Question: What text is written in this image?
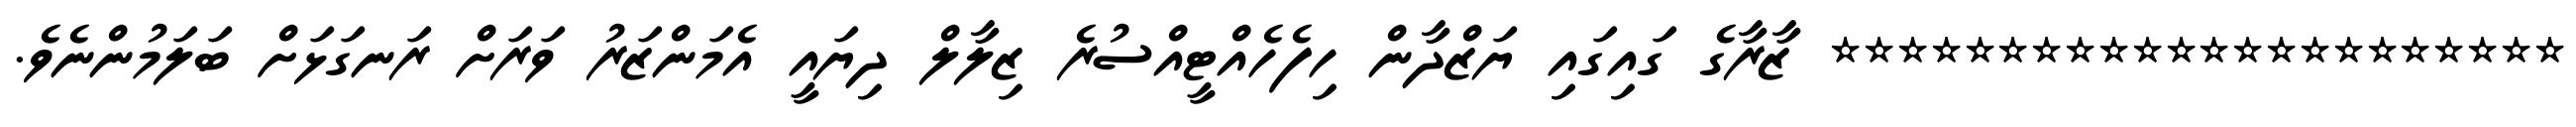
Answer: ********************** ޒާރާގެ ގައިގައި ޔަޒްދާން ހިފެހެއްޓީއްސުރެ ޒިލާލް ދިޔައީ އެމަންޒަރު ވަރަށް ރަނގަޅަށް ބަލަމުންނެވެ.